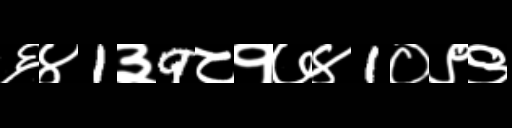
Text: ६४1३9८१७४1०९९